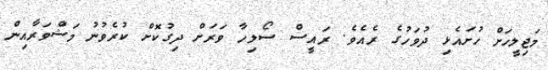
މަޖިލީހަށް ހުށައެޅި ދުވަހުގެ ރެއެވެ. ރައީސް ސޯލިހާ ވަރަށް ދިގުކޮށް ކުރެވުނު މަޝްވަރާއިން